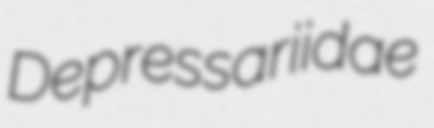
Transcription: Depressariidae